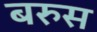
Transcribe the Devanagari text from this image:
बरुस